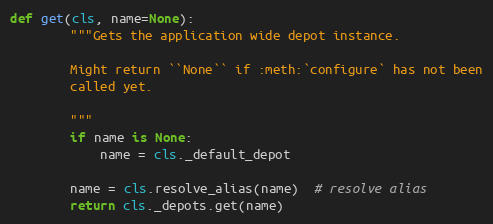
Language: Python
def get(cls, name=None):
        """Gets the application wide depot instance.

        Might return ``None`` if :meth:`configure` has not been
        called yet.

        """
        if name is None:
            name = cls._default_depot

        name = cls.resolve_alias(name)  # resolve alias
        return cls._depots.get(name)